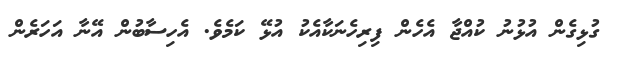
ގުޅިގެން އުޅުނު ކުއްޖާ އެހެން ފިރިހެނަކާއެކު އުޅޭ ކަމެވެ. އެހިސާބުން އޭނާ އަހަރެން